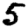
Digit: 5